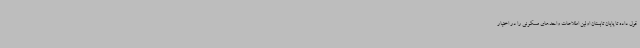
قول داده تا پایان تابستان اولین اطلاعات واحدهای مسکونی را در اختیار